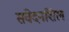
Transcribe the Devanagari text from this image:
संवेदनशिल